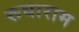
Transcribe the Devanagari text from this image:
रूघाराम